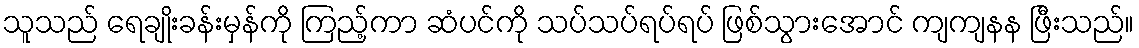
သူသည် ရေချိုးခန်းမှန်ကို ကြည့်ကာ ဆံပင်ကို သပ်သပ်ရပ်ရပ် ဖြစ်သွားအောင် ကျကျနန ဖြီးသည်။